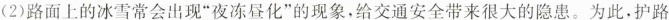
(2)路面上的冰雪常会出现”夜冻昼化”的现象，给交通安全带来很大的隐患。为此，护路